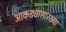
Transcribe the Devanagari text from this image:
आकड्यासारख्या